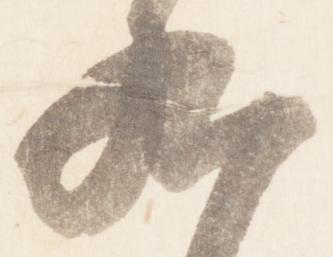
九